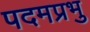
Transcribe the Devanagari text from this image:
पदमप्रभु